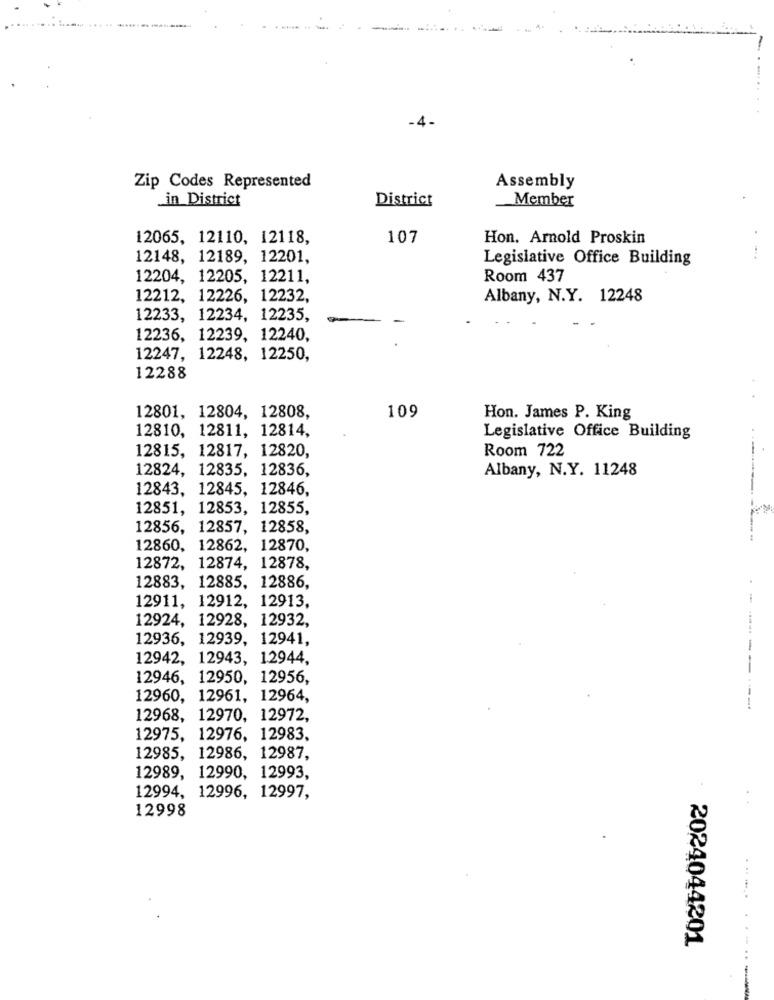
-4 -
Zip Codes Represented
Assembly
in District
District
Member
12065, 12110, 12118,
107
Hon. Arnold Proskin
12148, 12189, 12201,
Legislative Office Building
12204, 12205, 12211,
Room 437
12212, 12226, 12232,
Albany, N.Y. 12248
12233, 12234, 12235,
12236, 12239, 12240,
12247, 12248, 12250,
12288
109
12801, 12804, 12808,
Hon. James P. King
12810, 12811, 12814,
Legislative Office Building
12815, 12817, 12820,
Room 722
12824, 12835, 12836,
Albany, N.Y. 11248
12843, 12845, 12846,
12851, 12853, 12855,
12856, 12857, 12858,
12860, 12862, 12870,
12872, 12874, 12878,
12883, 12885, 12886,
12911, 12912, 12913.
12924, 12928, 12932,
12936, 12939, 12941,
---
12942, 12943, 12944,
12946, 12950, 12956,
12960, 12961, 12964,
---
12968, 12970, 12972,
12975, 12976, 12983,
12985, 12986, 12987,
12989, 12990, 12993,
12994, 12996, 12997,
12998
.--..
2024044201
----